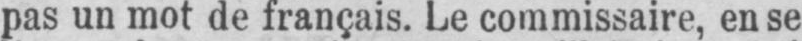
pas un mot de français. Le commissaire, en se